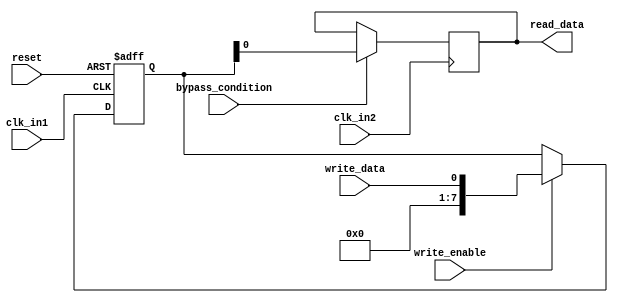
module Dual_port_Bypass_Register (
    input wire clk_in1, // Clock signal for port 1
    input wire clk_in2, // Clock signal for port 2
    input wire reset, // Reset signal
    input wire write_data, // Data input for write port
    input wire write_enable, // Write enable signal for write port
    input wire bypass_condition, // Condition for bypassing data to output
    output reg read_data // Data output for read port
);

reg [7:0] data_reg; // Register to store data

always @ (posedge clk_in1 or posedge reset) begin
    if (reset) begin
        data_reg <= 8'h00; // Reset the register on reset signal
    end else begin
        if (write_enable) begin
            data_reg <= write_data; // Write data to register
        end
    end
end

always @ (posedge clk_in2) begin
    if (bypass_condition) begin
        read_data <= data_reg; // Forward data to output when condition is met
    end
end

endmodule